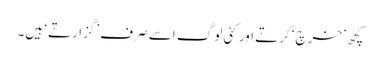
کچھ ’خرچ‘ کرتے اور کئی لوگ اسے صرف ’گزارتے‘ ہیں۔